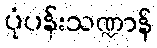
ပုံပန်းသဏ္ဍာန်